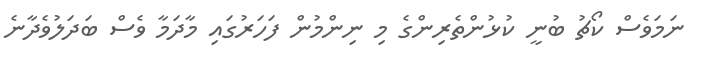
ނަމަވެސް ކޯޗު ބުނީ ކުޅުންތެރިންގެ މި ނިންމުން ފަހަރުގައި މާދަމާ ވެސް ބަދަލުވެދާނެ